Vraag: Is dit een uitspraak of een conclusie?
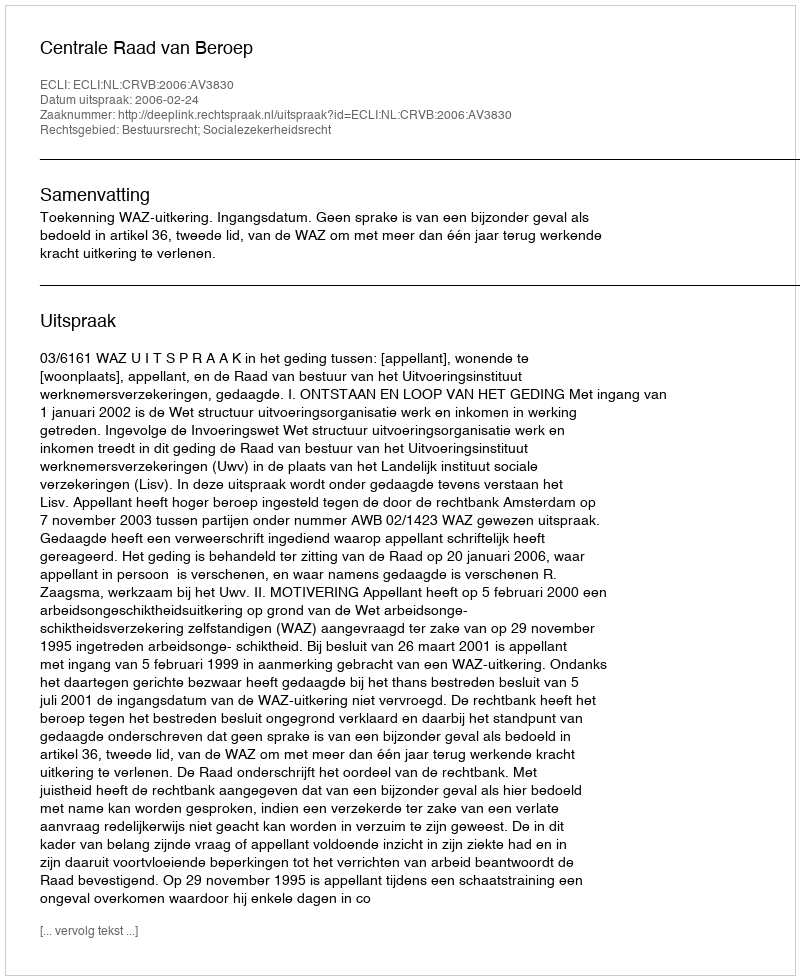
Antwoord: Uitspraak